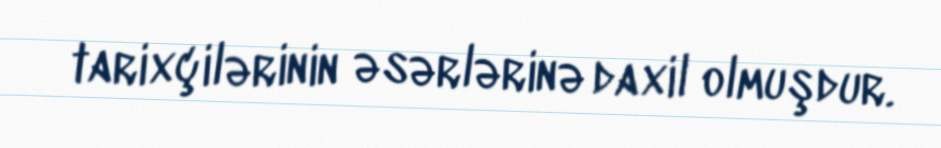
tarixçilərinin əsərlərinə daxil olmuşdur.